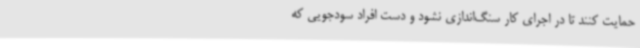
حمایت کنند تا در اجرای کار سنگ‌اندازی نشود و دست افراد سودجویی که